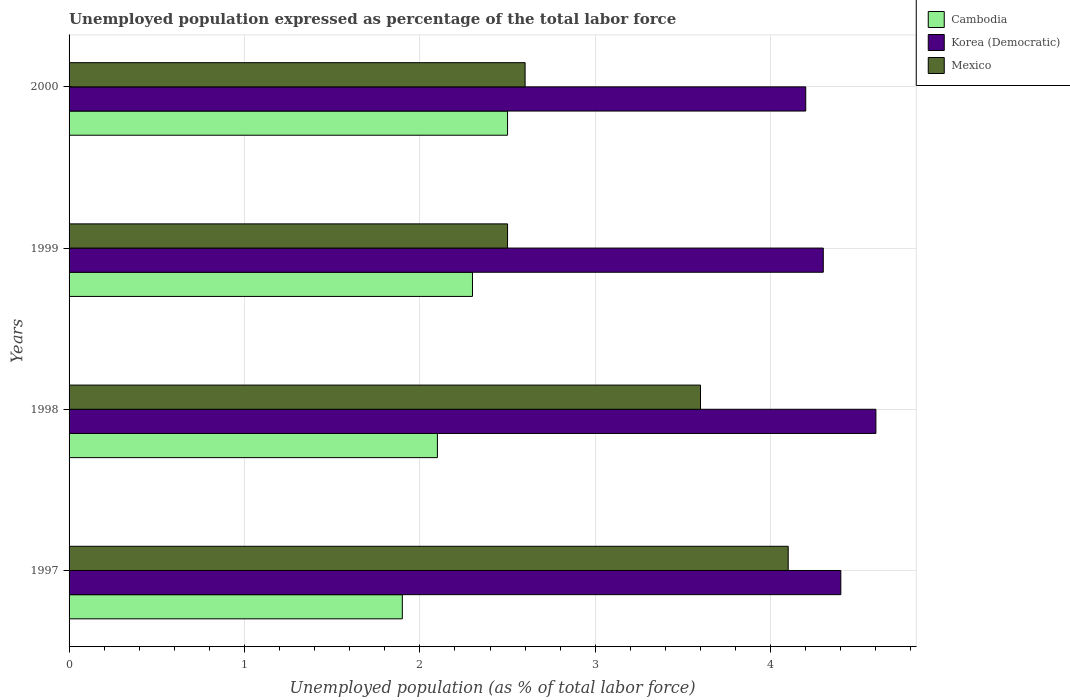
| Years | Cambodia | Korea (Democratic) | Mexico |
 | --- | --- | --- | --- |
 | 1997 | 1.9 | 4.4 | 4.1 |
 | 1998 | 2.1 | 4.6 | 3.6 |
 | 1999 | 2.3 | 4.3 | 2.5 |
 | 2000 | 2.5 | 4.2 | 2.6 |